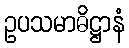
ဥပသမာဓိဋ္ဌာနံ